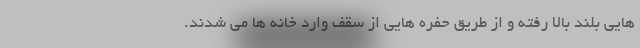
هایی بلند بالا رفته و از طریق حفره هایی از سقف وارد خانه ها می شدند.